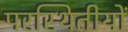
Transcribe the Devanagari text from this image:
परस्थितीयों